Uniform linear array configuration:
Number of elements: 32
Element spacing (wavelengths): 0.75
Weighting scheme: hamming
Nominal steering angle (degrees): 0
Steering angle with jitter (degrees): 0.6662
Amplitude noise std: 0.05
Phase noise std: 0.05

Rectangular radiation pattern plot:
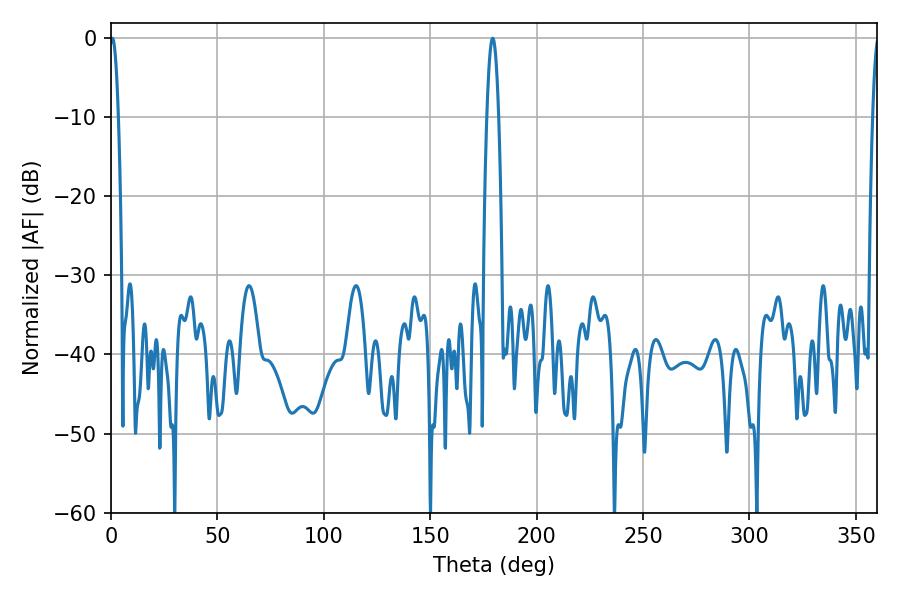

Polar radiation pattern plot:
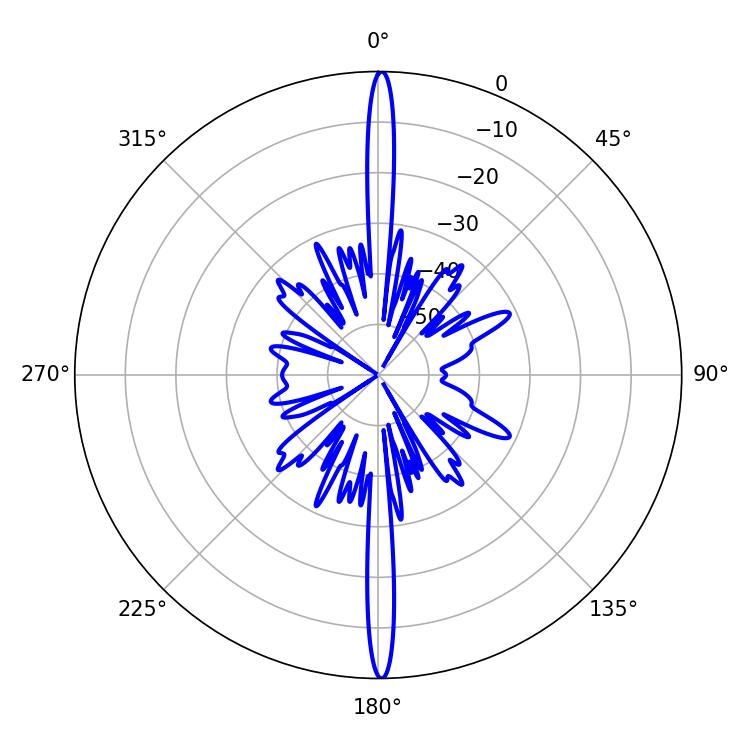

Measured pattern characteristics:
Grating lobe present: TRUE
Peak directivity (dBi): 31.691
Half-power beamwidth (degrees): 2.16
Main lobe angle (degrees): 0.72